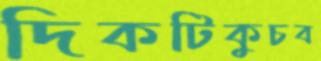
দিকটিকুচব